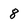
Character: 8